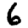
Digit: 6